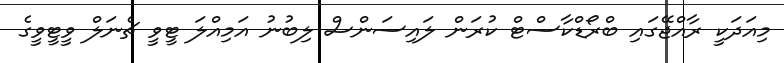
މިއަދަކީ ރާއްޖޭގައި ބްރޯޑްކާސްޓް ކުރަން ލައިސަންސް ލިބުނު އަމިއްލަ ޓީވީ ޗެނަލް ވީޓީވީގެ